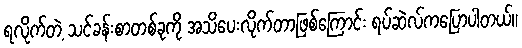
ရလိုက်တဲ့ သင်ခန်းစာတစ်ခုကို အသိပေးလိုက်တာဖြစ်ကြောင်း ရပ်ဆဲလ်ကပြောပါတယ်။